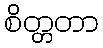
စိတ္တတာ